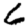
Digit: 6